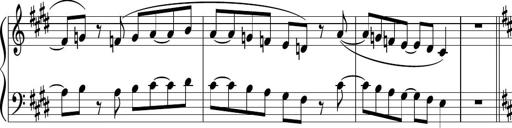
Title: Sonataette
Composer: Gergely Laszlo Matyas Jambor